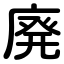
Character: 廃